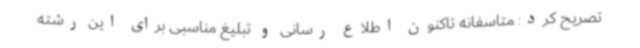
تصریح کرد: متاسفانه تاکنون اطلاع رسانی و تبلیغ مناسبی برای این رشته